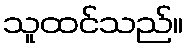
သူထင်သည်။